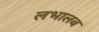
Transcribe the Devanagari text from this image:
लभालब